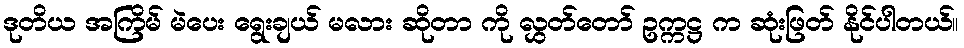
ဒုတိယ အကြိမ် မဲပေး ရွေးချယ် မလား ဆိုတာ ကို လွှတ်တော် ဥက္ကဋ္ဌ က ဆုံးဖြတ် နိုင်ပါတယ်။